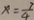
x = \frac { 7 } { 4 }